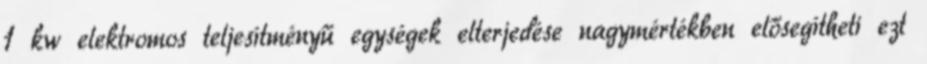
1 kw elektromos teljesítményű egységek elterjedése nagymértékben elősegítheti ezt